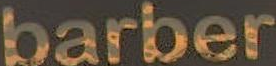
barber